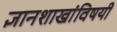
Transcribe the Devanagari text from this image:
ज्ञानशाखांविषयी